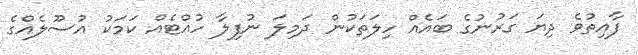
ފާއިތުވެ ދިޔަ ގަރުނުގެ ބައެއް ހިލަތަކުން ދަމިލަ ނުފިލާ ހުއްޓެއް ކަމަކު އުސޫލެއްގެ